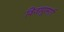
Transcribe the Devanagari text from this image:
विजापूरमार्गे